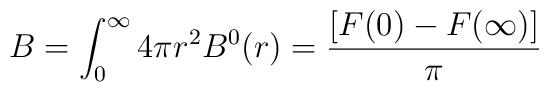
B=\int_0^\infty 4\pi r^2 B^0(r)=\frac{[F(0)-F(\infty)]}{\pi}